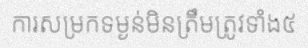
ការសម្រកទម្ងន់មិនត្រឹមត្រូវទាំង៥